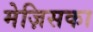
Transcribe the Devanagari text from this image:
मेज़िसका